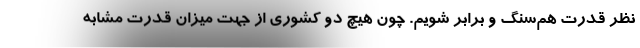
نظر قدرت هم‌سنگ و برابر شویم. چون هیچ دو کشوری از جهت میزان قدرت مشابه